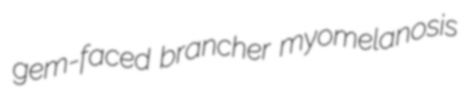
gem-faced brancher myomelanosis